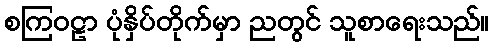
စကြဝဠာ ပုံနှိပ်တိုက်မှာ ညတွင် သူစာရေးသည်။